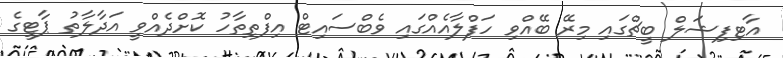
އާޓިފިޝަލް ބީޗްގައި މިރޭ ބޭއްވި ހަފްލާއެއްގައި ވެބްސައިޓް އިފްތިތާހު ކޮށްދެއްވީ އަދާލާތު ޕާޓީގެ